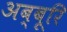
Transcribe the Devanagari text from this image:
अब्बूरि